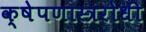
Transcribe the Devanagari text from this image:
क्षेपणास्त्ररोधी